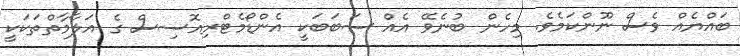
ބައްޔެއް ވެސް ނޫންކަމެވެ. މިހެން ބުނެވޭ އެއް ސަބަބަކީ އެންޑޯމެޓްރިއޮސިސް ގެ އަލާމާތްތަކަކީ